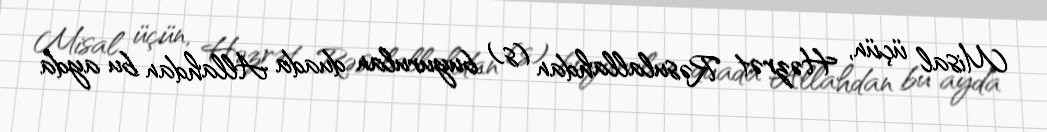
Misal üçün, Həzrət Rəsulallahdan (s) buyurulan duada Allahdan bu ayda